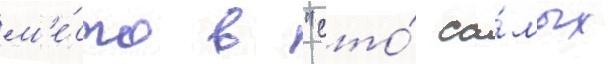
м'е́сто в "сто́ са́мых